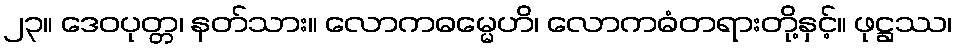
၂၃။ ဒေဝပုတ္တ၊ နတ်သား။ လောကဓမ္မေဟိ၊ လောကဓံတရားတို့နှင့်။ ဖုဋ္ဌဿ၊